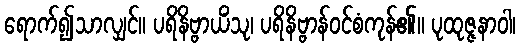
ရောက်၍သာလျှင်။ ပရိနိဗ္ဗာယိံသု၊ ပရိနိဗ္ဗာန်ဝင်စံကုန်၏။ ပုထုဇ္ဇနာဝါ၊